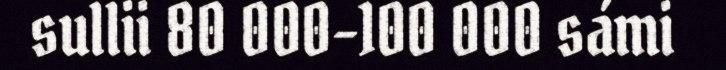
sullii 80 000-100 000 sámi